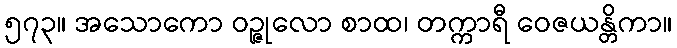
၅၇၃။ အသောကော ဝဉ္ဇုလော စာထ၊ တက္ကာရီ ဝေဇယန္တိကာ။